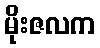
မိုးဇလက